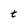
Character: t